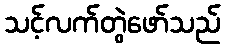
သင့်လက်တွဲဖော်သည်